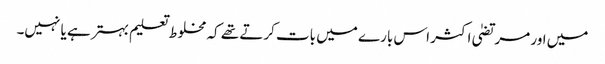
میں اور مرتضیٰ اکثر اس بارے میں بات کرتے تھے کہ مخلوط تعلیم بہتر ہے یا نہیں۔